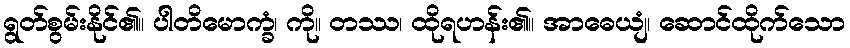
ရွတ်စွမ်းနိုင်၏။ ပါတိမောက္ခံ၊ ကို။ တဿ၊ ထိုရဟန်း၏။ အာဓေယျံ၊ ဆောင်ထိုက်သော